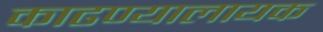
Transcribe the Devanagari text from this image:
काढण्यालायक